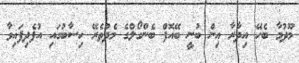
މޫދުމާ ބެހޭ އިދާރާ އިން ބުނީ ބޭއޮފް ބެންގޯލްގެ މެދުތެރޭ ހިސާބުގައި އުފެދިފައިވާ